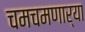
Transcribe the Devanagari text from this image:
चमचमणार्‍या